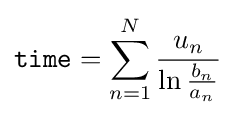
{\mathtt {time}}=\sum _{n=1}^{N}{\frac {u_{n}}{\ln {\frac {b_{n}}{a_{n}}}}}